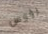
رؤوس